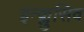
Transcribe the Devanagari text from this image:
इन्क्लुसिव